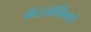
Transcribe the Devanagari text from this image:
कॅटलॉगिंगचे